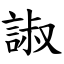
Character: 諔